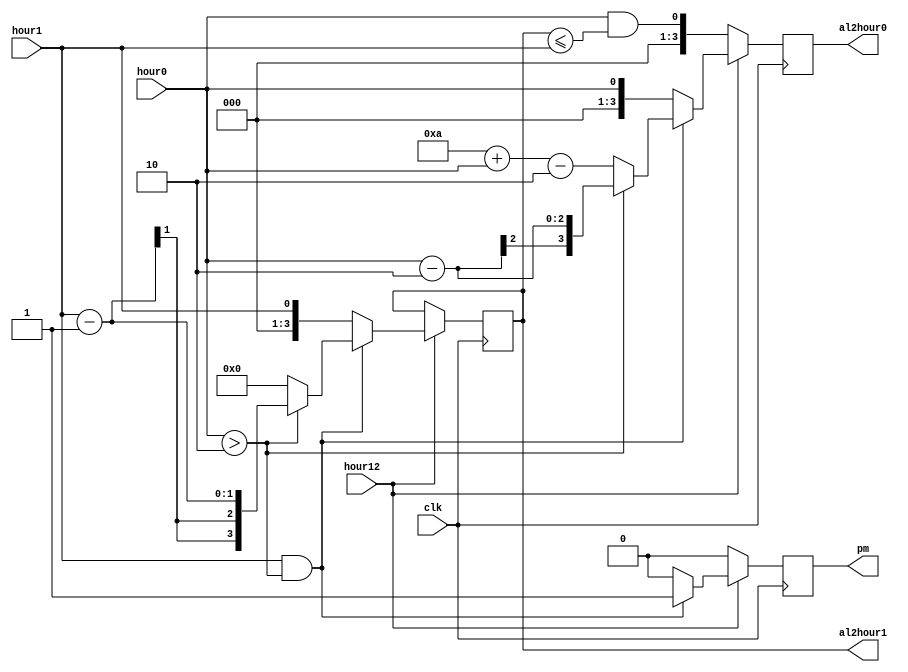
`timescale 1ns / 1ps
//////////////////////////////////////////////////////////////////////////////////
// Company: 
// Engineer: 
// 
// Design Name: 
// Module Name: hour_converter
// Project Name: 
// Target Devices: 
// Tool Versions: 
// Description: 
// 
// Dependencies: 
// 
// Revision:
// Revision 0.01 - File Created
// Additional Comments:
// 
//////////////////////////////////////////////////////////////////////////////////


module hour_converter(
    input clk ,
    input hour12,
     input hour0,
     input hour1,
     output reg [3:0] al2hour0,
     output reg [3:0] al2hour1,
     output reg pm
    );
    
    always@(posedge clk)
    begin
    if(hour12)begin
    if((hour1 == 1 && hour0>2)||hour1 == 2)begin
        if(hour0>2)begin al2hour0 <= hour0-2 ; al2hour1<=hour1-1 ;end
        else begin al2hour0<= 10+hour0-2 ; al2hour1<=0; end
        pm<=1;
    end
    else begin al2hour0<=hour0 ; al2hour1<=hour1 ; pm<=0 ;end
    end
    else begin al2hour0<=hour0 && al2hour1<=hour1 ; pm<=0; end
    end
endmodule